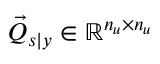
\vec { Q } _ { s \vert y } \in \mathbb R ^ { n _ { u } \times n _ { u } }